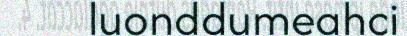
luonddumeahci